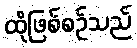
ထိုဖြစ်စဉ်သည်